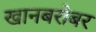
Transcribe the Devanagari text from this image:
खानबरोबर